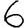
Digit: 6